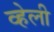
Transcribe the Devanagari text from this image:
व्हेली